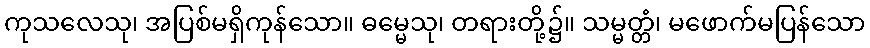
ကုသလေသု၊ အပြစ်မရှိကုန်သော။ ဓမ္မေသု၊ တရားတို့၌။ သမ္မတ္တံ၊ မဖောက်မပြန်သော